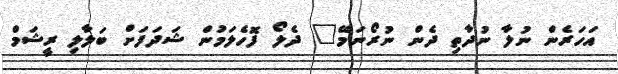
އަހަރެން ނުލާ ނުދާތި ދެން ނުރޯނަމޭ" ދެލޯ ފޮހެލަމުން ޝަދަފަށް ބަލާލި ރީޝަމް